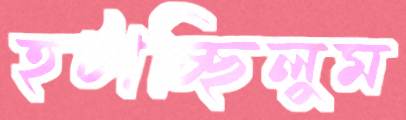
হটাচ্ছিলুম